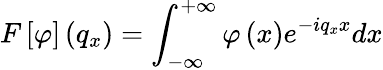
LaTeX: F\left[\varphi\right]\left({{q}_{x}}\right)=\int_{-\infty}^{+\infty}{\varphi\left(x\right){{e}^{-i{{q}_{x}}x}}dx}